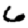
Digit: 6